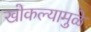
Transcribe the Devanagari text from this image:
खोकल्यामुळे